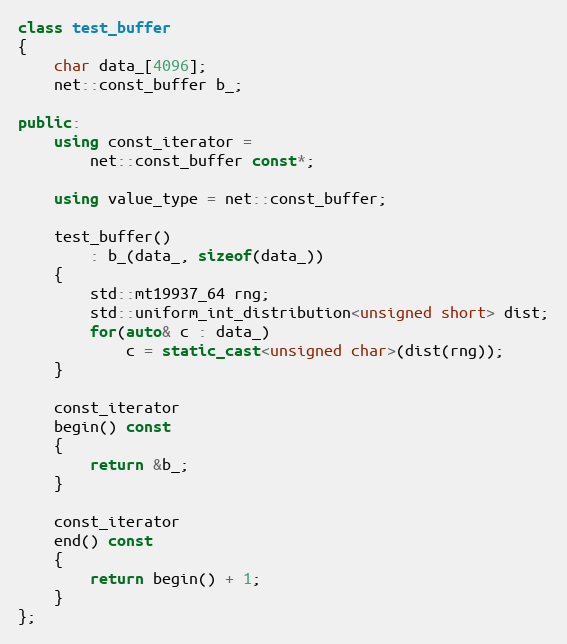
Language: C++
class test_buffer
{
    char data_[4096];
    net::const_buffer b_;

public:
    using const_iterator =
        net::const_buffer const*;

    using value_type = net::const_buffer;

    test_buffer()
        : b_(data_, sizeof(data_))
    {
        std::mt19937_64 rng;
        std::uniform_int_distribution<unsigned short> dist;
        for(auto& c : data_)
            c = static_cast<unsigned char>(dist(rng));
    }

    const_iterator
    begin() const
    {
        return &b_;
    }

    const_iterator
    end() const
    {
        return begin() + 1;
    }
};